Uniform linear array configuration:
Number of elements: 48
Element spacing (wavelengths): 0.25
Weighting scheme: kaiser
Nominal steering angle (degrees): -45
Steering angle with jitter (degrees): -44.044
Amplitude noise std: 0.05
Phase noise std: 0.05

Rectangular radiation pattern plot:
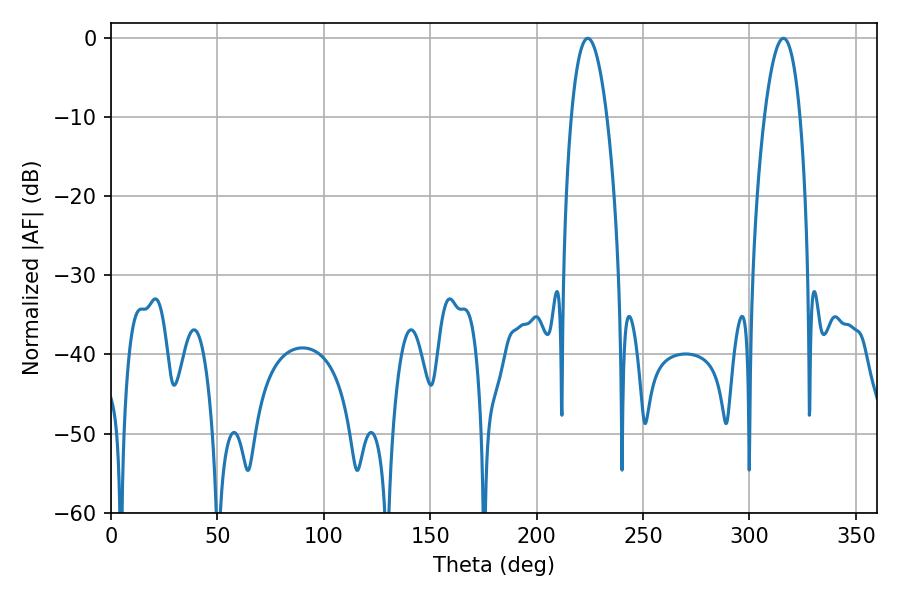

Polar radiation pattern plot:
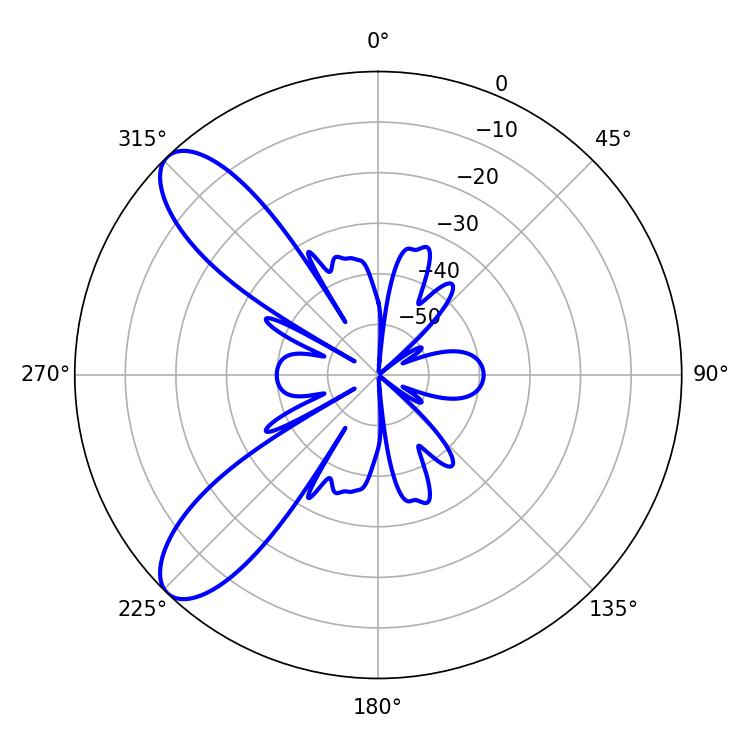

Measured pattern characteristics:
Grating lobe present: FALSE
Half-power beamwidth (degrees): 9.18
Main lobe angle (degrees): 224.1